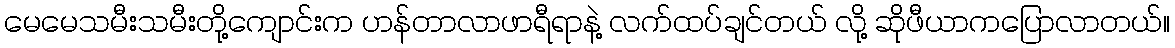
မေမေသမီးသမီးတို့ကျောင်းက ဟန်တာလာဖာရီရာနဲ့ လက်ထပ်ချင်တယ် လို့ ဆိုဖီယာကပြောလာတယ်။